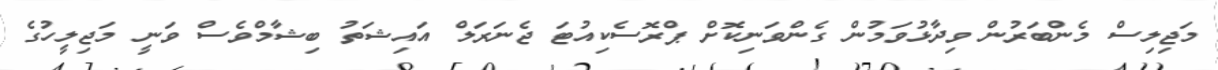
މަޖިލިސް މެންބަރުން ވިދާޅުވަމުން ގެންވަނިކޮށް ޕްރޮސެކިއުޓަ ޖެނަރަލް އައިޝަތު ބިޝާމްވެސް ވަނީ މަޖިލީހުގެ